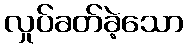
လှုပ်ခတ်ခဲ့သော